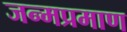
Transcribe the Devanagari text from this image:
जन्मप्रमाण